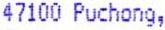
47100 PUCHONG,